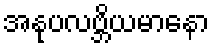
အနုပလဗ္ဘိယမာနော